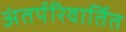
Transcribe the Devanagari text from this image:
अंतर्परिवार्तित